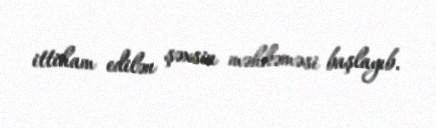
ittiham edilən şəxsin məhkəməsi başlayıb.